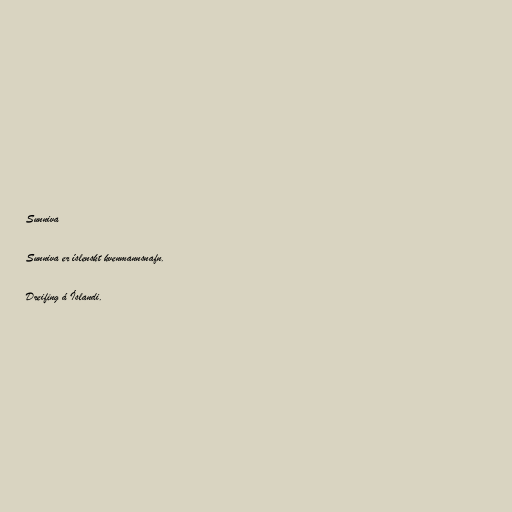
Sunniva

Sunniva er íslenskt kvenmannsnafn.

Dreifing á Íslandi.